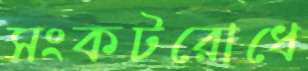
সংকটরোধে